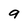
Character: a